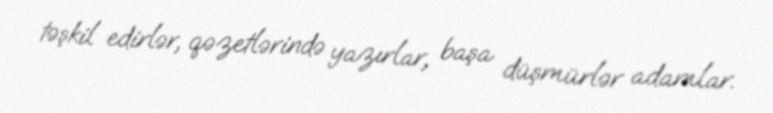
təşkil edirlər, qəzetlərində yazırlar, başa düşmürlər adamlar.